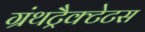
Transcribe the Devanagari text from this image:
ग्रंथट्रैक्टेटस